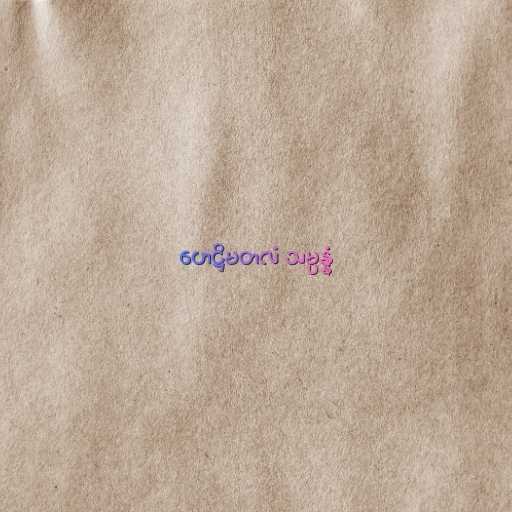
ဟေဋ္ဌိမတလံ သမ္ပန္နံ